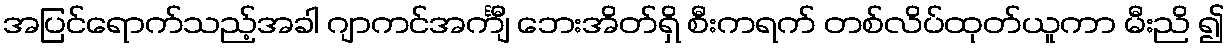
အပြင်ရောက်သည့်အခါ ဂျာကင်အင်္ကျီ ဘေးအိတ်ရှိ စီးကရက် တစ်လိပ်ထုတ်ယူကာ မီးညိ ၍